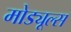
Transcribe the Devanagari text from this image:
मोड्यूल्स